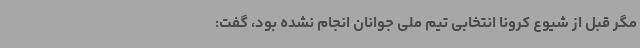
مگر قبل از شیوع کرونا انتخابی تیم ملی جوانان انجام نشده بود، گفت: